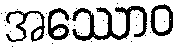
အဿောဝ